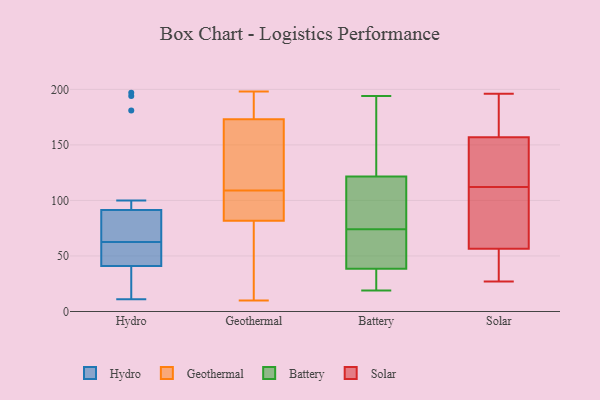
{"axis": {"x": "Conversion Rate (%)", "y": "Value"}, "legend": ["Battery", "Geothermal", "Hydro", "Solar"], "data": [{"x": "", "y": 17, "type": "Hydro"}, {"x": "", "y": 194, "type": "Hydro"}, {"x": "", "y": 49, "type": "Hydro"}, {"x": "", "y": 62, "type": "Hydro"}, {"x": "", "y": 67, "type": "Hydro"}, {"x": "", "y": 63, "type": "Hydro"}, {"x": "", "y": 100, "type": "Hydro"}, {"x": "", "y": 19, "type": "Hydro"}, {"x": "", "y": 197, "type": "Hydro"}, {"x": "", "y": 58, "type": "Hydro"}, {"x": "", "y": 74, "type": "Hydro"}, {"x": "", "y": 33, "type": "Hydro"}, {"x": "", "y": 11, "type": "Hydro"}, {"x": "", "y": 62, "type": "Hydro"}, {"x": "", "y": 181, "type": "Hydro"}, {"x": "", "y": 83, "type": "Hydro"}, {"x": "", "y": 109, "type": "Geothermal"}, {"x": "", "y": 165, "type": "Geothermal"}, {"x": "", "y": 112, "type": "Geothermal"}, {"x": "", "y": 85, "type": "Geothermal"}, {"x": "", "y": 173, "type": "Geothermal"}, {"x": "", "y": 10, "type": "Geothermal"}, {"x": "", "y": 116, "type": "Geothermal"}, {"x": "", "y": 109, "type": "Geothermal"}, {"x": "", "y": 63, "type": "Geothermal"}, {"x": "", "y": 50, "type": "Geothermal"}, {"x": "", "y": 72, "type": "Geothermal"}, {"x": "", "y": 188, "type": "Geothermal"}, {"x": "", "y": 198, "type": "Geothermal"}, {"x": "", "y": 109, "type": "Geothermal"}, {"x": "", "y": 94, "type": "Geothermal"}, {"x": "", "y": 175, "type": "Geothermal"}, {"x": "", "y": 173, "type": "Geothermal"}, {"x": "", "y": 24, "type": "Battery"}, {"x": "", "y": 35, "type": "Battery"}, {"x": "", "y": 163, "type": "Battery"}, {"x": "", "y": 193, "type": "Battery"}, {"x": "", "y": 74, "type": "Battery"}, {"x": "", "y": 19, "type": "Battery"}, {"x": "", "y": 66, "type": "Battery"}, {"x": "", "y": 114, "type": "Battery"}, {"x": "", "y": 84, "type": "Battery"}, {"x": "", "y": 31, "type": "Battery"}, {"x": "", "y": 139, "type": "Battery"}, {"x": "", "y": 124, "type": "Battery"}, {"x": "", "y": 59, "type": "Battery"}, {"x": "", "y": 76, "type": "Battery"}, {"x": "", "y": 85, "type": "Battery"}, {"x": "", "y": 74, "type": "Battery"}, {"x": "", "y": 27, "type": "Battery"}, {"x": "", "y": 49, "type": "Battery"}, {"x": "", "y": 194, "type": "Battery"}, {"x": "", "y": 156, "type": "Solar"}, {"x": "", "y": 96, "type": "Solar"}, {"x": "", "y": 55, "type": "Solar"}, {"x": "", "y": 112, "type": "Solar"}, {"x": "", "y": 95, "type": "Solar"}, {"x": "", "y": 30, "type": "Solar"}, {"x": "", "y": 57, "type": "Solar"}, {"x": "", "y": 112, "type": "Solar"}, {"x": "", "y": 160, "type": "Solar"}, {"x": "", "y": 27, "type": "Solar"}, {"x": "", "y": 179, "type": "Solar"}, {"x": "", "y": 124, "type": "Solar"}, {"x": "", "y": 196, "type": "Solar"}]}